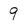
Character: 9